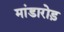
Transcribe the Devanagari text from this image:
मांडारोड़